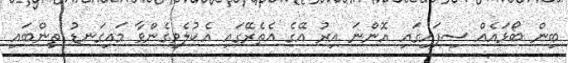
ބިން ބޯޅައެއް ސިފައިގައި އޮންނަ އިރު އޭގެ އެތެރޭގައި އެކުލެވިގެންވާ މައިގަނޑު ތިންބައި